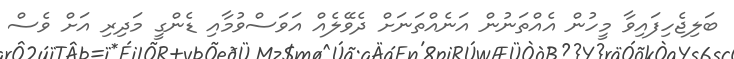
ބަލިޖެހިފައިވާ މީހުން އެއްތަނުން އަނެއްތަނަށް ދެވޭލެއް އަވަސްވުމާއި ޑެންގީ މަދިރި އަށް ވެސް